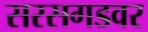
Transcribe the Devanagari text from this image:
सरसगडवर